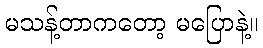
မသန့်တာကတော့ မပြောနဲ့။